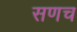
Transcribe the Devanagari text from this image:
सणच